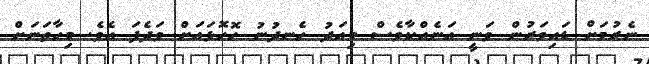
ނެރުމަށް ޑައިވަރުން ވަނީ އަނެއްކާވެސް މިއަދު ހެނދުނު ހޮހޮޅައަށް ވަދެފަ އެވެ. މިހާތަނަށް